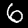
Label: 6